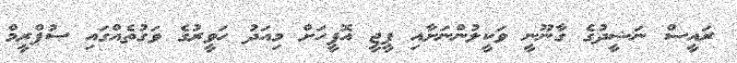
ރައީސް ނަޝީދުގެ ގާނޫނީ ވަކީލުންނަށާއި ޕީޖީ އޮފީހަށް މިއަދު ހަވީރުގެ ވަގުތެއްގައި ސުޕްރީމް